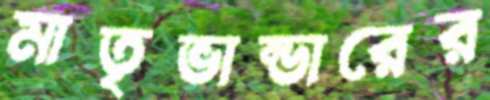
মাতৃভান্ডারের